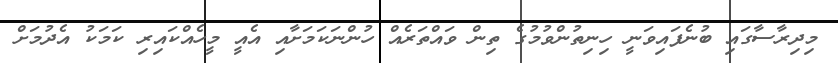
މިދިރާސާގައި ބުނެފައިވަނީ ހިނިތުންވުމުގެ ތިން ވައްތަރެއް ހުންނަކަމަށާއި އެއީ މީހެއްކައިރި ކަމަކު އެދުމަށް